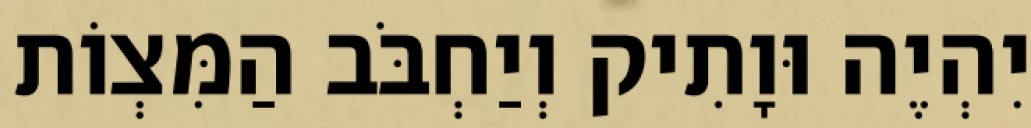
יִהְיֶה וּוָתִיק וְיַחְבֹּב הַמִּצְוֹת